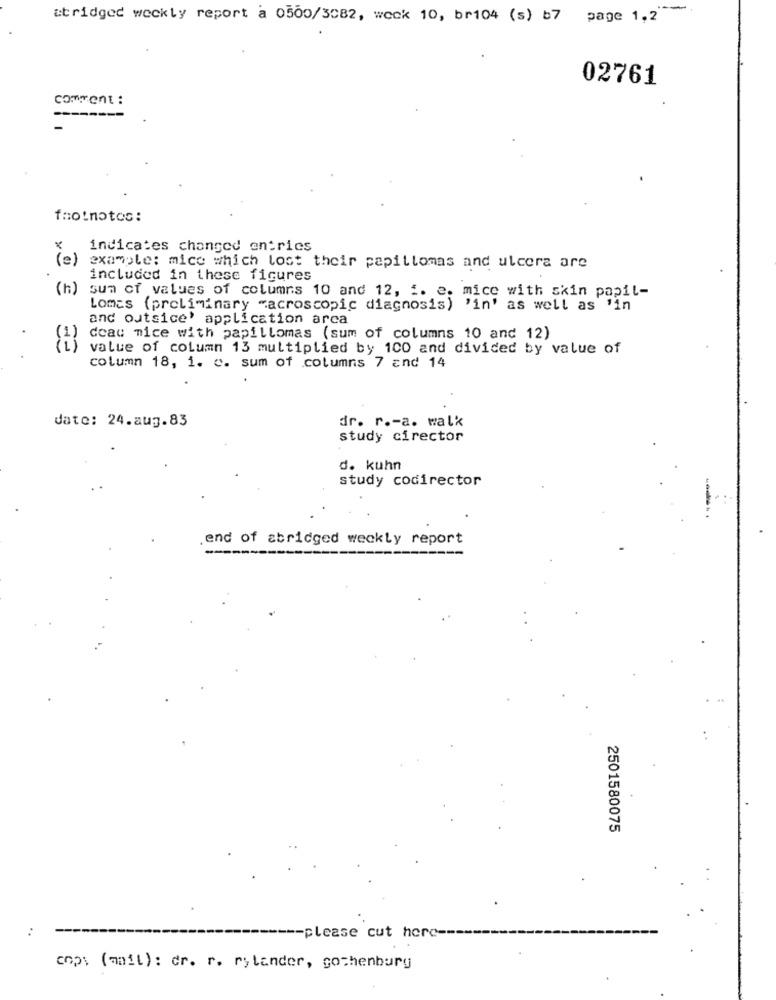
-
atridged weekly report a 0500/3082, weck 10, br104 (s) 67 page 1,2
02761
comment :
-------
footnotes:
indicates changed entries
(e)
example: mice which lost their papillomas and ulcera are
included in these figures
(h)
sum of values of columns 10 and 12, i. e. mice with skin papil-
Lomas (preliminary macroscopic diagnosis) 'in' as well as 'in
CE
and outsice' application arca
dead mice with papillomas (sum of columns 10 and 12)
value of column 13 multiplied by 100 and divided by value of
column 18, 1. c. sum of columns 7 and 14
date: 24.aug.83
dr. r .- a. walk
study cirector
d. kuhn
study codirector
end of abridged weekly report
2501580075
..
----- please cut here --
cops (mail): dr. r. rylander, gothenburg